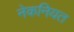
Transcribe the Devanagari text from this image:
नेकनियत